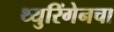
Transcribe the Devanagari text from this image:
थ्युरिंगेनचा